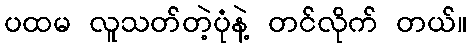
ပထမ လူသတ်တဲ့ပုံနဲ့ တင်လိုက် တယ်။